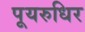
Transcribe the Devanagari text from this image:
पूयरुधिर